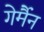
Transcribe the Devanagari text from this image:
गेर्मैन